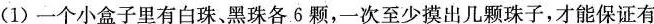
(1)一个小盒子里有白珠、黑珠各6颗，一次至少摸出几颗珠子，才能保证有